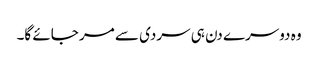
وہ دوسرے دن ہی سردی سے مر جائے گا۔